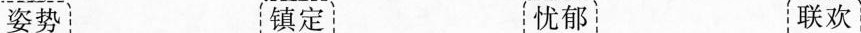
姿势 镇定 忧郁 联欢